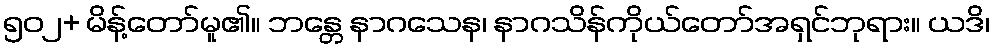
၅၀၂+ မိန့်တော်မူ၏။ ဘန္တေ နာဂသေန၊ နာဂသိန်ကိုယ်တော်အရှင်ဘုရား။ ယဒိ၊